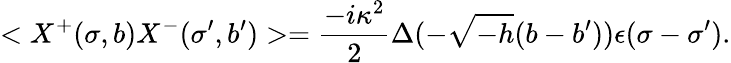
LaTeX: <X^{+}(\sigma,b)X^{-}(\sigma^{\prime},b^{\prime})>=\frac{-i\kappa^{2}}{2}\Delta(-\sqrt{-h}(b-b^{\prime}))\epsilon(\sigma-\sigma^{\prime}).